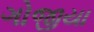
ગોજીયા